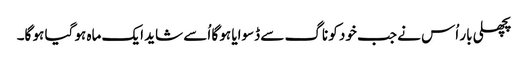
پچھلی بار اُس نے جب خود کو ناگ سے ڈسوایا ہو گا اُسے شاید ایک ماہ ہو گیا ہو گا۔